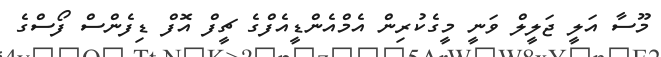
މޫސާ އަލީ ޖަލީލް ވަނީ މީގެކުރިން އެމްއެންޑީއެފްގެ ޗީފް އޮފް ޑިފެންސް ފޯސްގެ